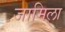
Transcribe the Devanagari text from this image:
जामिला